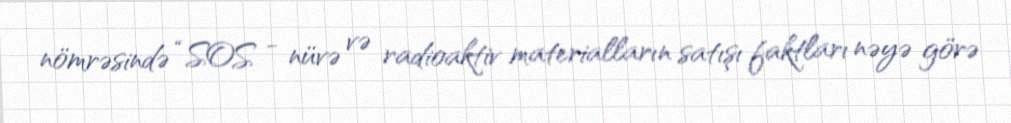
nömrəsində “SOS - nüvə və radioaktiv materialların satışı faktları nəyə görə